Report of veterinary surgeon J.H. Steel, A.V.D., on his investigation into an obscure and fatal disease among transport mules in British Burma
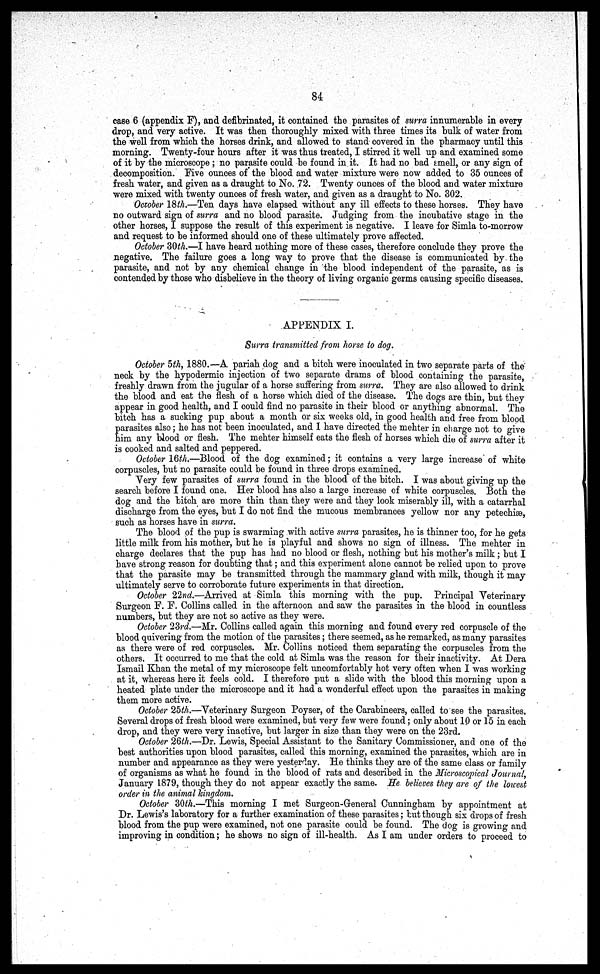
84
case 6 (appendix F), and defibrinated, it contained the parasites of surra innumerable in every
drop, and very active. It was then thoroughly mixed with three times its bulk of water from
the well from which the horses drink, and allowed to stand covered in the pharmacy until this
morning. Twenty-four hours after it was thus treated, I stirred it well up and examined some
of it by the microscope ; no parasite could be found in it. It had no bad smell, or any sign of
decomposition. Five ounces of the blood and water mixture were now added to 35 ounces of
fresh water, and given as a draught to No. 72. Twenty ounces of the blood and water mixture
were mixed with twenty ounces of fresh water, and given as a draught to No. 302.
October 18th —Ten days have elapsed without any ill effects to these horses. They have
no outward sign of surra and no blood parasite. Judging from the incubative stage in the
other horses, I suppose the result of this experiment is negative. I leave for Simla to-morrow
and request to be informed should one of these ultimately prove affected.
October 30th.—I have heard nothing more of these cases, therefore conclude they prove the
negative. The failure goes a long way to prove that the disease is communicated by the
parasite, and not by any chemical change in the blood independent of the parasite, as is
contended by those who disbelieve in the theory of living organic germs causing specific diseases.
APPENDIX I.
Surra transmitted from horse to dog.
October 5th, 1880.—A pariah dog and a bitch were inoculated in two separate parts of the
neck by the hypodermic injection of two separate drams of blood containing the parasite,
freshly drawn from the jugular of a horse suffering from surra. They are also allowed to drink
the blood and eat the flesh of a horse which died of the disease. The dogs are thin, but they
appear in good health, and I could find no parasite in their blood or anything abnormal. The
bitch has a sucking pup about a month or six weeks old, in good health and free from blood
parasites also; he has not been inoculated, and I have directed the mehter in charge not to give
him any blood or flesh. The mehter himself eats the flesh of horses which die of surra after it
is cooked and salted and peppered.
October 16th —Blood of the dog examined; it contains a very large increase of white
corpuscles, but no parasite could be found in three drops examined.
Very few parasites of surra found in the blood of the bitch. I was about giving up the
search before I found one. Her blood has also a large increase of white corpuscles. Both the
dog and the bitch are more thin than they were and they look miserably ill, with a catarrhal
discharge from the eyes, but I do not find the mucous membrances yellow nor any petechiae,
such as horses have in surra.
The blood of the pup is swarming with active surra parasites, he is thinner too, for he gets
little milk from his mother, but he is playful and shows no sign of illness. The mehter in
charge declares that the pup has had no blood or flesh, nothing but his mother's milk; but I
have strong reason for doubting that; and this experiment alone cannot be relied upon to prove
that the parasite may be transmitted through the mammary gland with milk, though it may
ultimately serve to corroborate future experiments in that direction.
October 22nd.—Arrived at Simla this morning with the pup. Principal Veterinary
Surgeon F. F. Collins called in the afternoon and saw the parasites in the blood in countless
numbers, but they are not so active as they were.
October 23rd.—Mr. Collins called again this morning and found every red corpuscle of the
blood quivering from the motion of the parasites; there seemed, as he remarked, as many parasites
as there were of red corpuscles. Mr. Collins noticed them separating the corpuscles from the
others. It occurred to me that the cold at Simla was the reason for their inactivity. At Dera
Ismail Khan the metal of my microscope felt uncomfortably hot very often when I was working
at it, whereas here it feels cold. I therefore put a slide with the blood this morning upon a
heated plate under the microscope and it had a wonderful effect upon the parasites in making
them more active.
October 25th.—Veterinary Surgeon Poyser, of the Carabineers, called to see the parasites.
Several drops of fresh blood were examined, but very few were found; only about 10 or 15 in each
drop, and they were very inactive, but larger in size than they were on the 23rd.
October 26th.—Dr. Lewis, Special Assistant to the Sanitary Commissioner, and one of the
best authorities upon blood parasites, called this morning, examined the parasites, which are in
number and appearance as they were yesterday. He thinks they are of the same class or family
of organisms as what he found in the blood of rats and described in the Microscopical Journal,
January 1879, though they do not appear exactly the same. He believes they are of the lowest
order in the animal kingdom.
October 30th.—This morning I met Surgeon-General Cunningham by appointment at
Dr. Lewis's laboratory for a further examination of these parasites; tut though six drops of fresh
blood from the pup were examined, not one parasite could be found. The dog is growing and
improving in condition; he shows no sign of ill-health. As I am under orders to proceed to